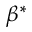
\beta ^ { * }